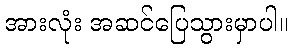
အားလုံး အဆင်ပြေသွားမှာပါ။